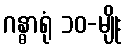
ဂန္ဓာရုံ ၁၀-မျိုး